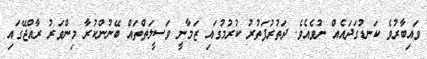
ވައިބާރުވެ ކަނޑުގަދައެއް ނުވެއެވެ. ދަތުރުފަތުރު ކުރުމުގައި ޒަމާނީ ވަސީލަތްްތައް ބޭނުންކުރާ މިންވަރު ރާއްޖޭގައި